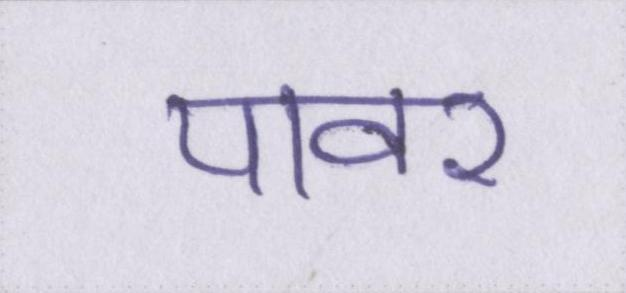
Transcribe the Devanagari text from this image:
पावर